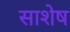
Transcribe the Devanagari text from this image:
साशेष